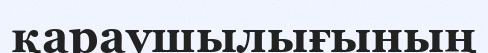
қараушылығының